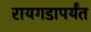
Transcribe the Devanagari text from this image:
रायगडापर्यंत